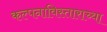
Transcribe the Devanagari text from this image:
कल्पनाविस्ताराच्या